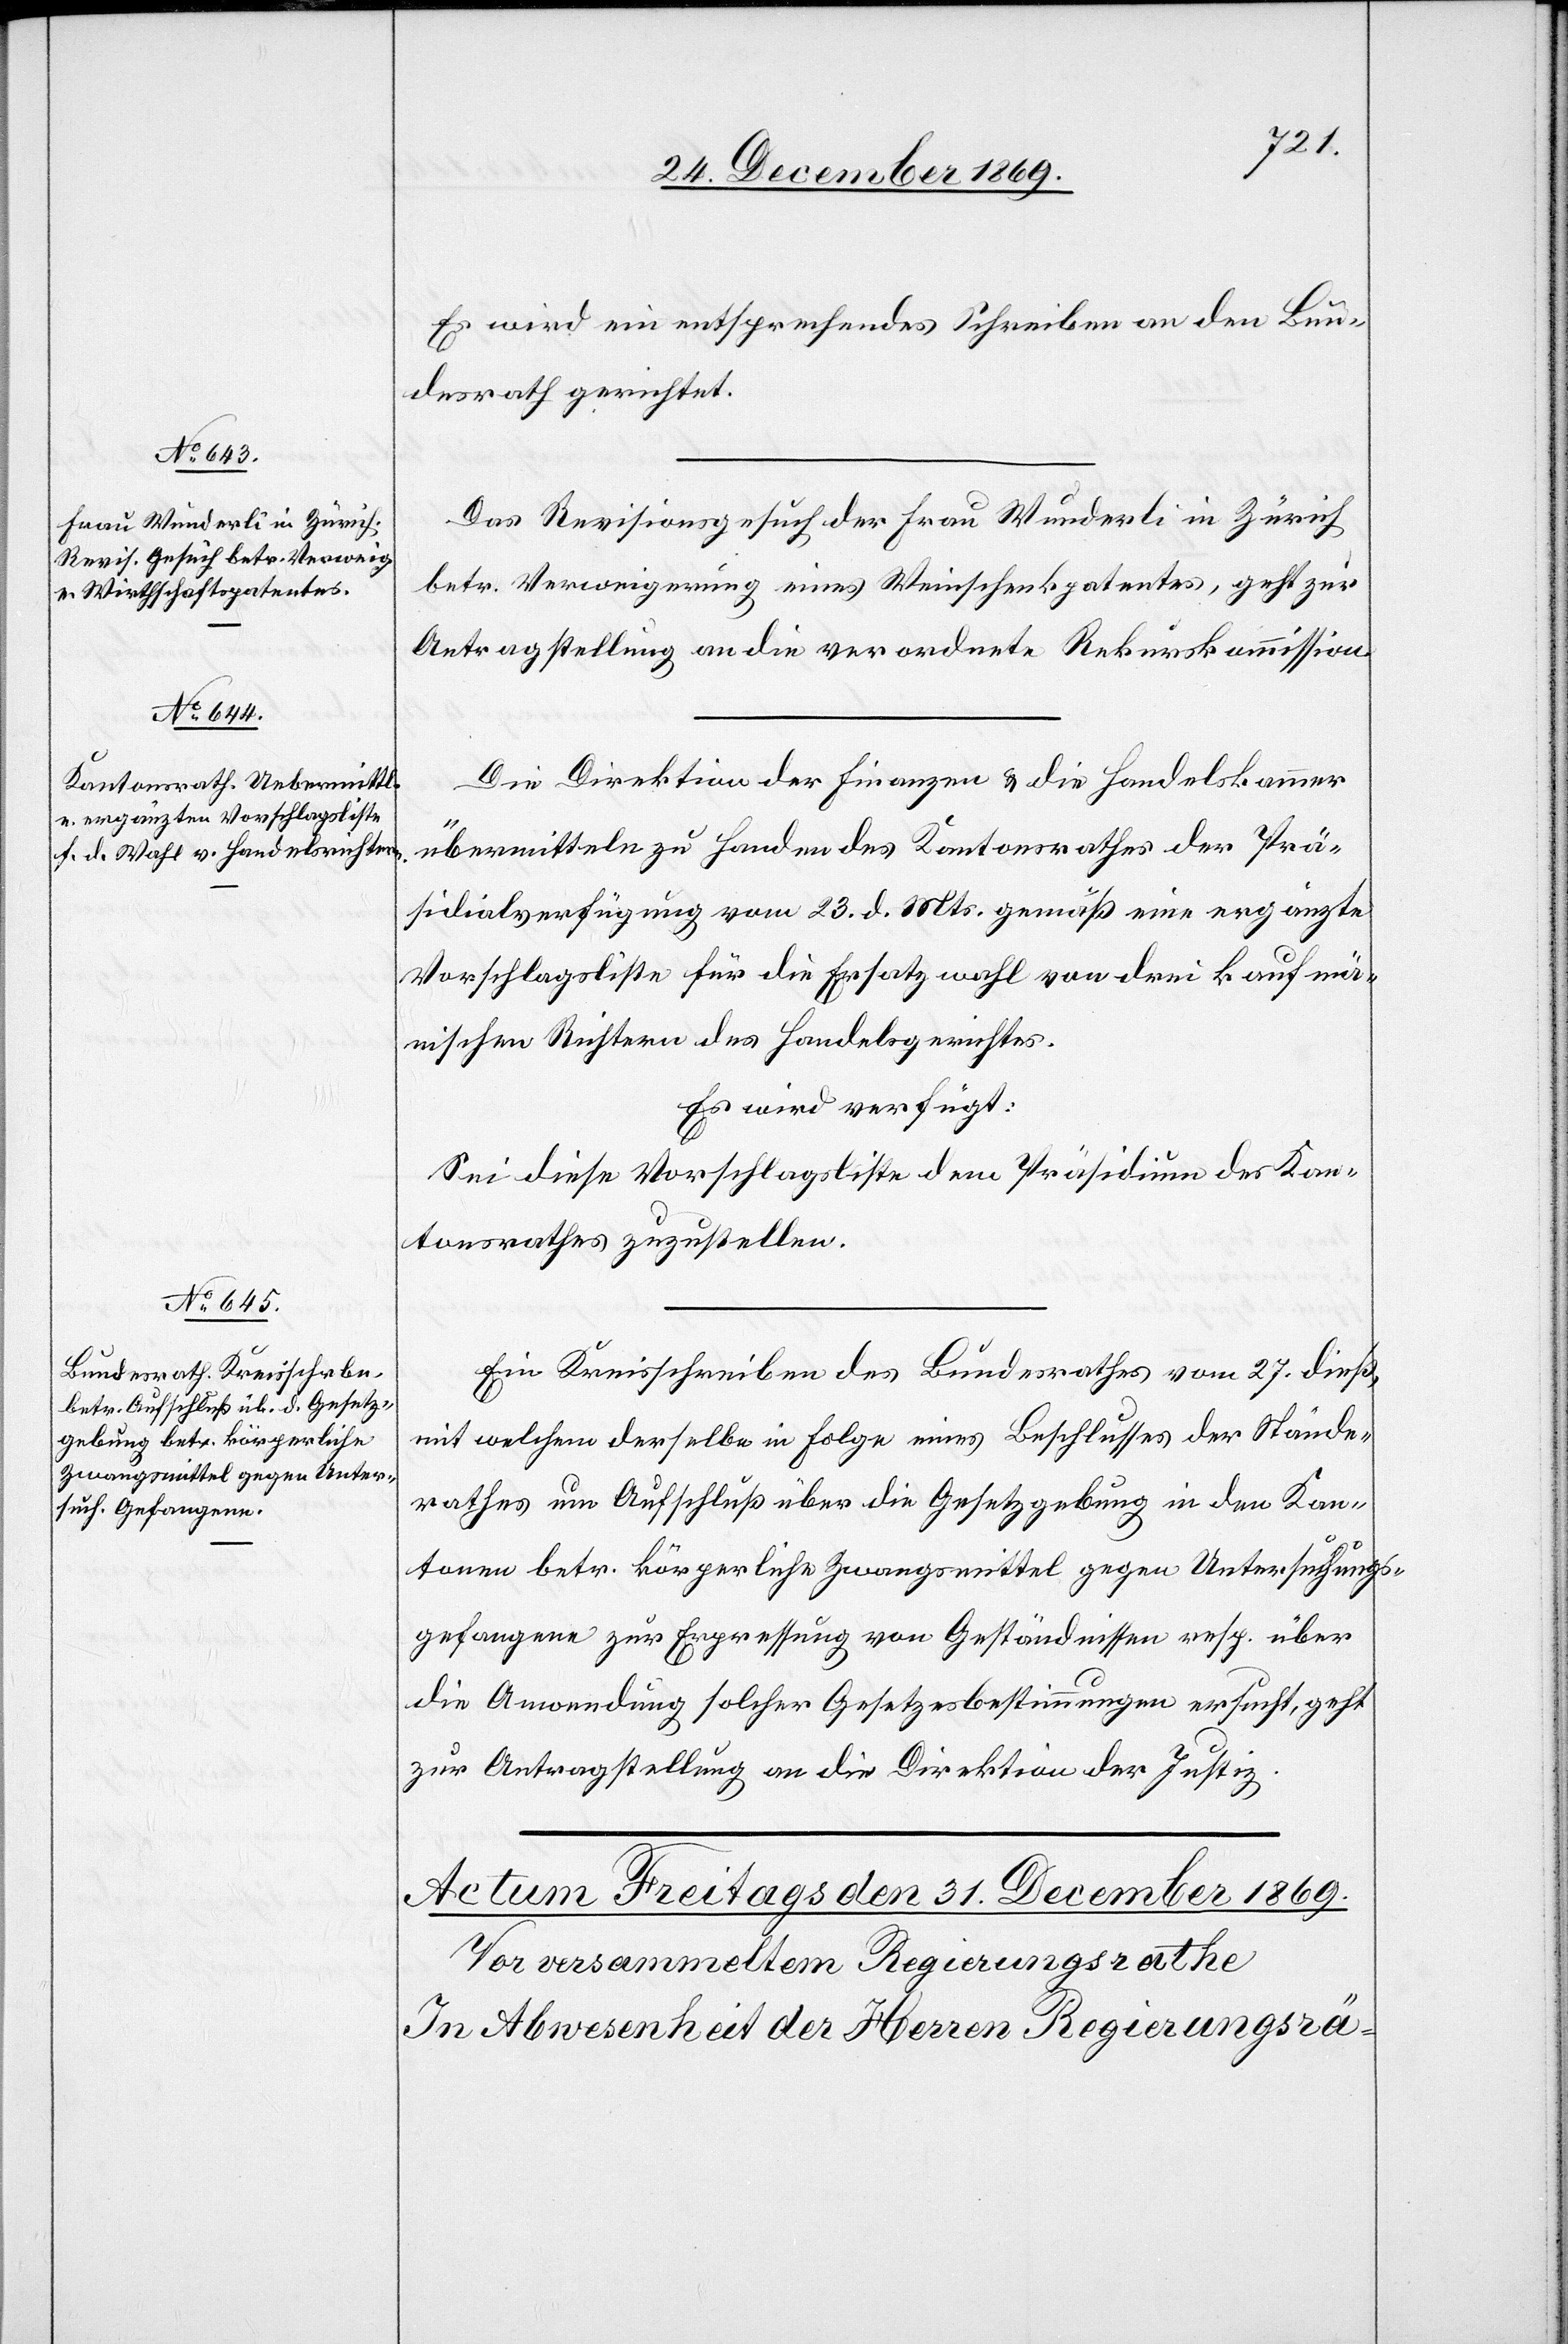
Stände¬
30. December 1869.]
Es wird ein entsprechendes Schreiben an den Bun¬
desrath gerichtet.
Das Revisionsgesuch der Frau Wunderli in Zürich
betr. Verweigerung eines Weinschenkpatentes, geht zur
Antragstellung an die verordnete Rekurskommission.
Die Direktion der Finanzen & die Handelskammer
übermitteln zu Handen des Kantonsrathes der Prä¬
sidialverfügung vom 23. d. Mts. gemäß eine ergänzte
Vorschlagsliste für die Ersatzwahl von drei kaufmä¬
n[n]ischen Richtern des Handelsgerichtes.
Es wird verfügt:
Sei diese Vorschlagsliste dem Präsidium des Kan¬
tonsrathes zuzustellen.
Ein Kreisschreiben des Bundesrathes vom 27. dieß,
mit welchem derselbe in Folge eines Beschlusses der [recte: des]
rathes um Aufschluß über die Gesetzgebung in den Kan¬
tonen betr. körperliche Zwangsmittel gegen Untersuchungs¬
gefangene zur Erpressung von Geständnissen resp. über
die Anwendung solcher Gesetzesbestimmungen ersucht, geht
zur Antragstellung an die Direktion der Justiz.